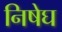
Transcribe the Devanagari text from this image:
निषेघ